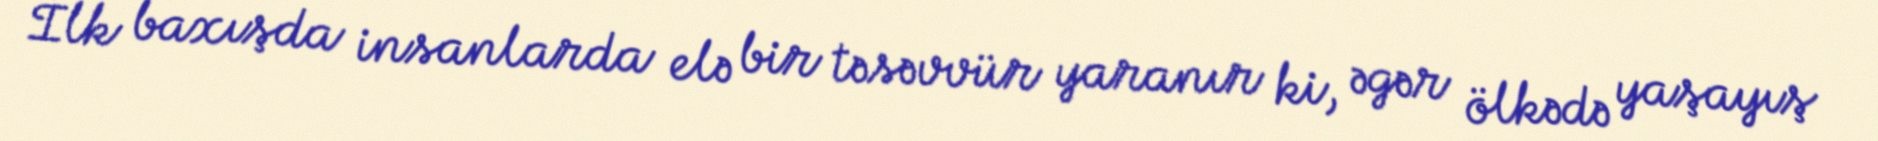
İlk baxışda insanlarda elə bir təsəvvür yaranır ki, əgər ölkədə yaşayış